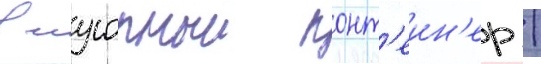
в мусорныи конт'еин'ер /